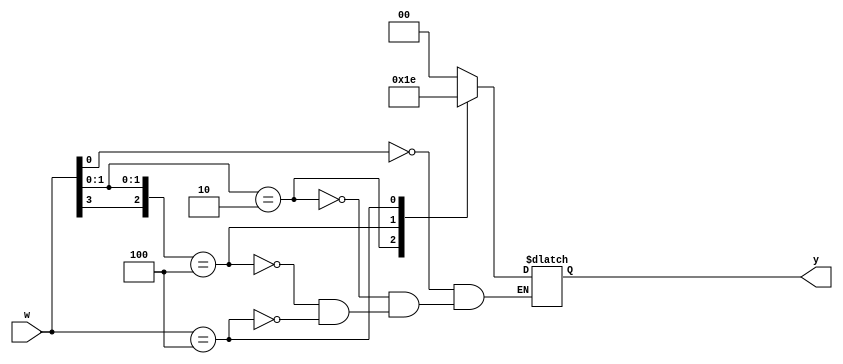
module exp2(w,y);
  
input [3:0]w; 
output reg[1:0]y; 
  
always @(w)  
	casex (w)
	
	// priority 0>1>3>2   
		4'bxxx1: y=0;   
		4'bxx10: y=1;   
		4'b1x00: y=3;   
		4'b0100: y=2; 
		 
	endcase 
endmodule